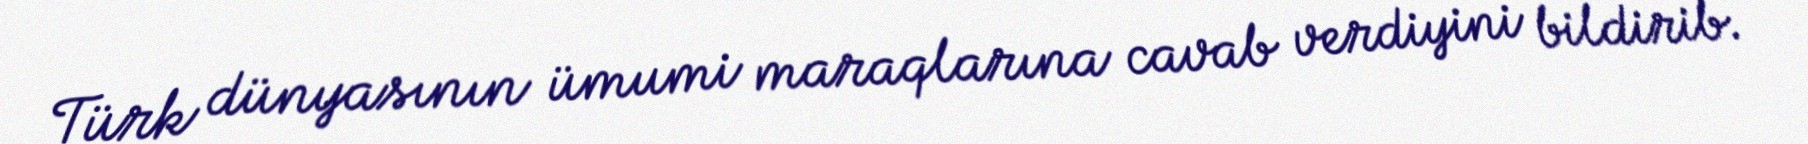
Türk dünyasının ümumi maraqlarına cavab verdiyini bildirib.